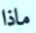
ماذا